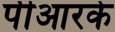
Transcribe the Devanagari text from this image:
पीआरके